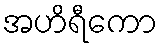
အဟိရီကော